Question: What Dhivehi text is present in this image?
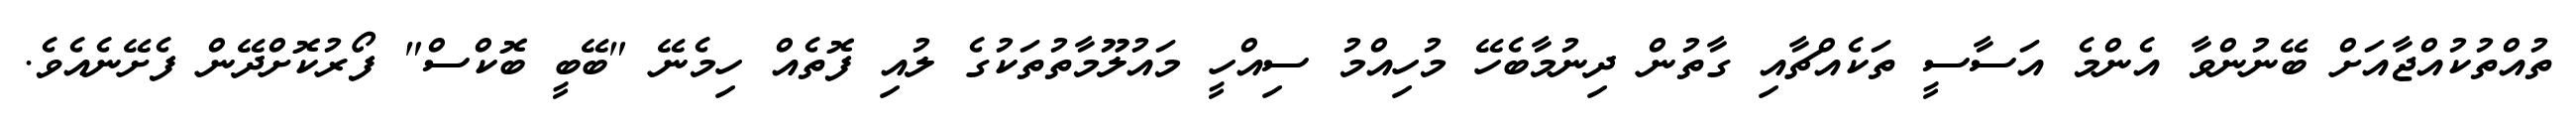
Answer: ތުއްތުކުއްޖާއަށް ބޭނުންވާ އެންމެ އަސާސީ ތަކެއްޗާއި ގާތުން ދިނުމާބެހޭ މުހިއްމު ސިއްހީ މައުލޫމާތުތަކުގެ ލުއި ފޮތެއް ހިމެނޭ "ބޭބީ ބޮކްސް" ފޯރުކޮށްދޭން ފެށޭނެއެވެ.